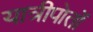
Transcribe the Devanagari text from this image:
यात्रीपोतों